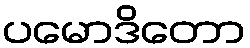
ပမောဒိတော